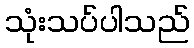
သုံးသပ်ပါသည်